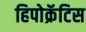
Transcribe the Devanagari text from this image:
हिपोक्रॅटिस